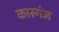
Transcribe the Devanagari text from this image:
कास्गंज